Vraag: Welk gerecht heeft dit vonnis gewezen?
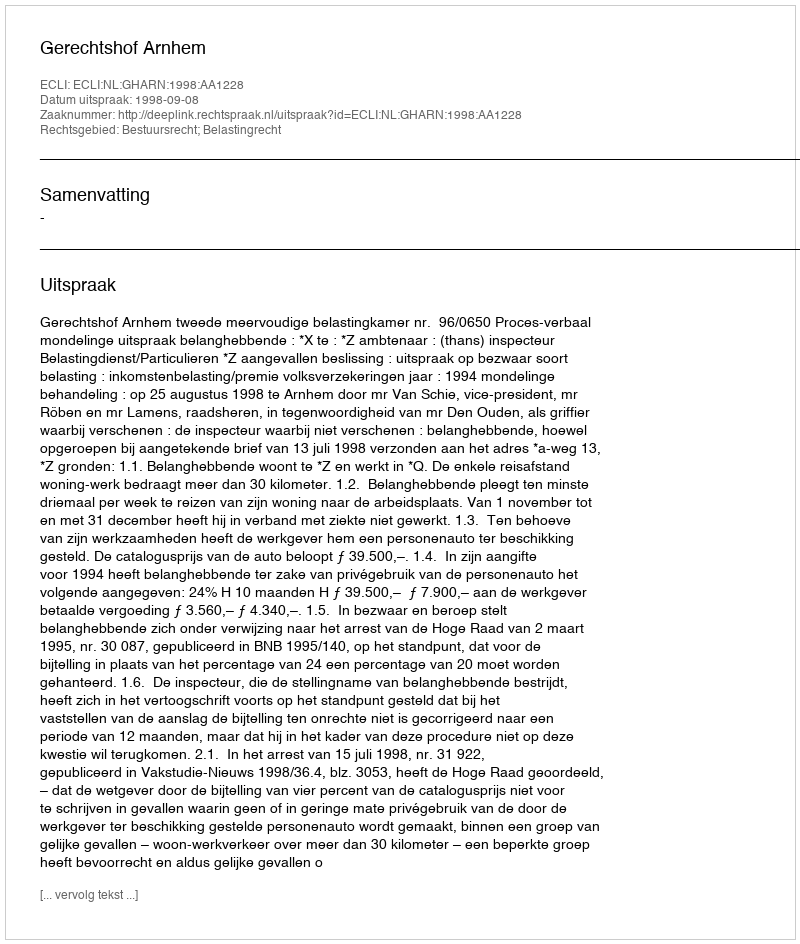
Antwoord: Gerechtshof Arnhem